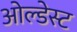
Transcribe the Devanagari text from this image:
ओल्डेस्ट